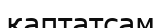
қаптатсам